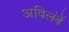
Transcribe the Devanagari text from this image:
अविलंबें